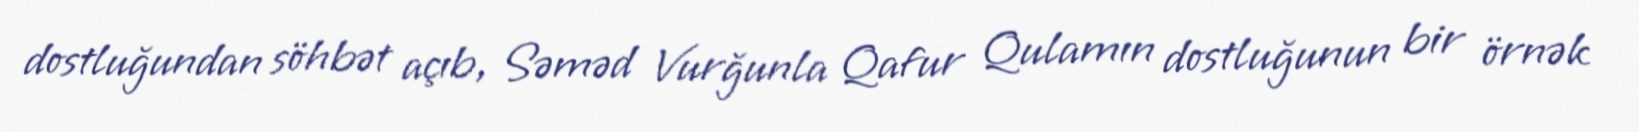
dostluğundan söhbət açıb, Səməd Vurğunla Qafur Qulamın dostluğunun bir örnək